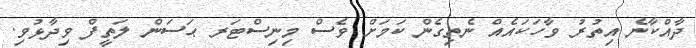
ދާއްކާނެ އިތުރު ވާހަކައެއް ނެތިގެން ކަމަށް ވެސް މިނިސްޓަރ ޙަސަން ލަތީފް ވިދާޅުވި.